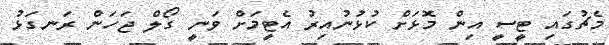
މެޗުގައި ޓީސީ އިން މޮޅަށް ކުޅުނުއިރު އެޓީމަށް ވަނީ ގޯލް ޖަހަން ރަނގަޅު